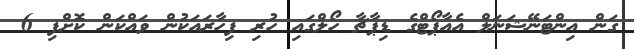
ގަން އިންޓަނޭޝަނަލް އެއާޕޯޓްގެ ޑިޕާޗާ ހޯލްގައި ހުރި ފިހާރައަކުން ވައްކަން ކޮށްފި 6